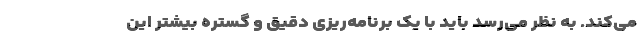
می‌کند. به نظر می‌رسد باید با یک برنامه‌ریزی دقیق و گستره بیشتر این